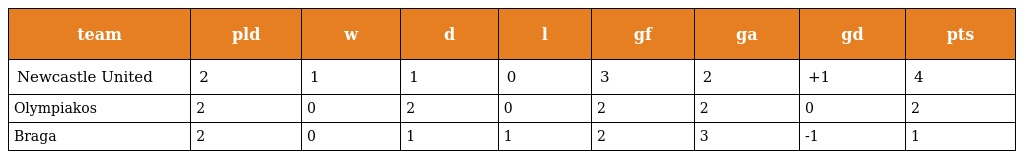
| team | pld | w | d | l | gf | ga | gd | pts |
 | --- | --- | --- | --- | --- | --- | --- | --- | --- |
 | Newcastle United | 2 | 1 | 1 | 0 | 3 | 2 | +1 | 4 |
 | Olympiakos | 2 | 0 | 2 | 0 | 2 | 2 | 0 | 2 |
 | Braga | 2 | 0 | 1 | 1 | 2 | 3 | -1 | 1 |